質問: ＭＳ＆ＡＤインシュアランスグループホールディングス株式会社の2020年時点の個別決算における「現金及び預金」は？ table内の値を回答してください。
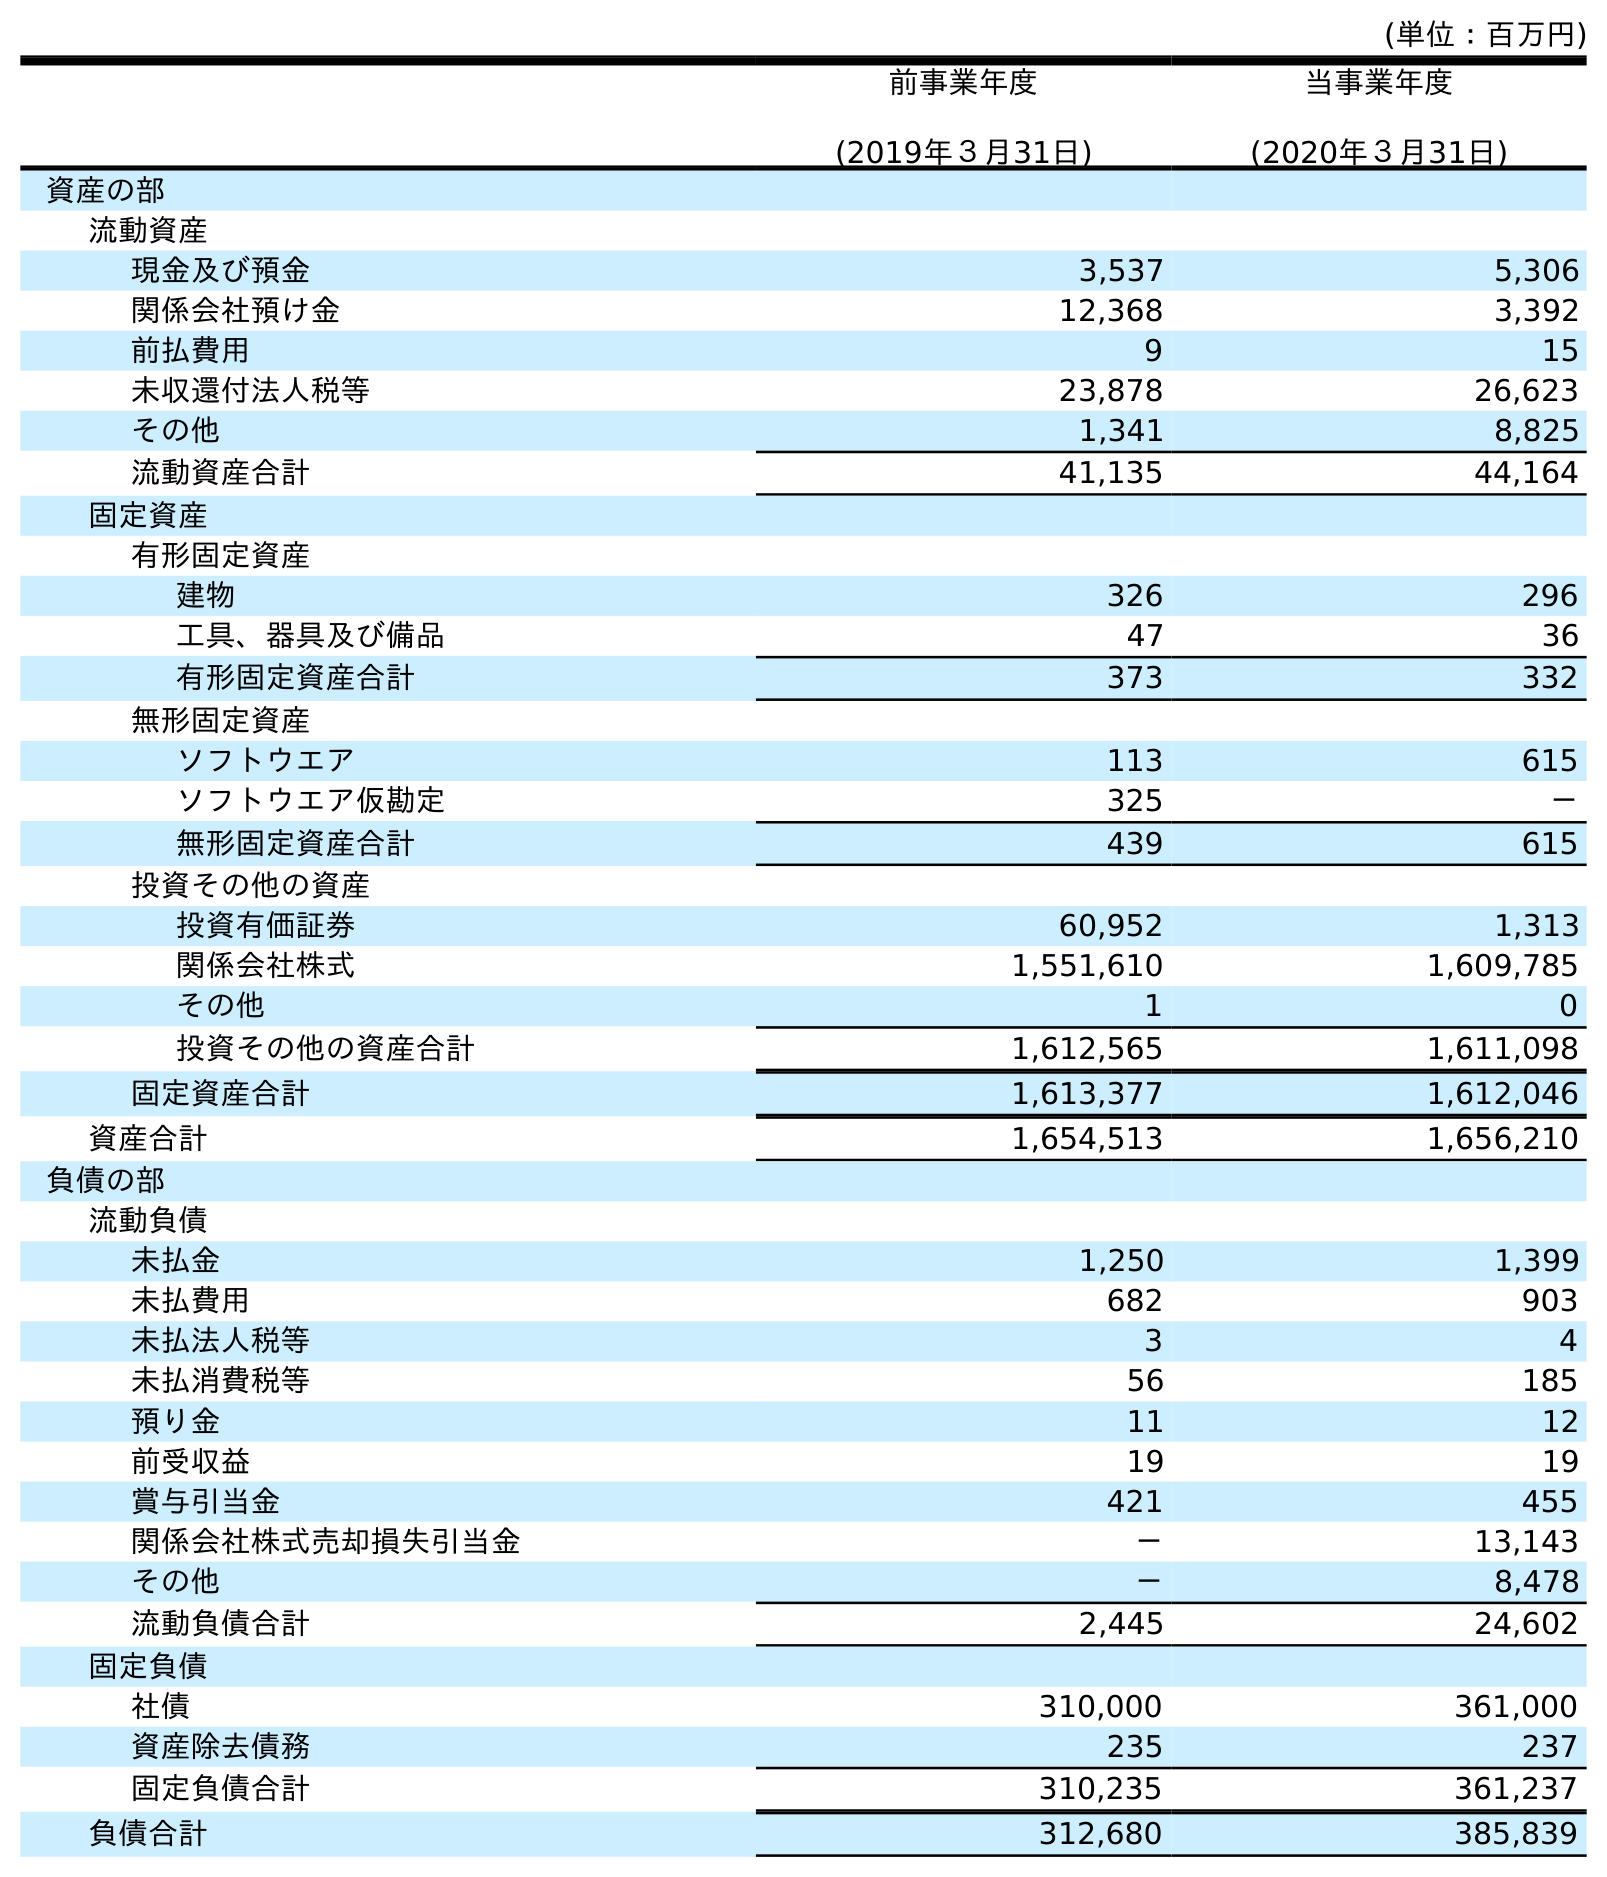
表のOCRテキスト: (単位：百万円) 前事業年度 (2019年３月31日) 当事業年度 (2020年３月31日) 資産の部 流動資産 現金及び預金 3,537 5,306 関係会社預け金 12,368 3,392 前払費用 9 15 未収還付法人税等 23,878 26,623 その他 1,341 8,825 流動資産合計 41,135 44,164 固定資産 有形固定資産 建物 326 296 工具、器具及び備品 47 36 有形固定資産合計 373 332 無形固定資産 ソフトウエア 113 615 ソフトウエア仮勘定 325 － 無形固定資産合計 439 615 投資その他の資産 投資有価証券 60,952 1,313 関係会社株式 1,551,610 1,609,785 その他 1 0 投資その他の資産合計 1,612,565 1,611,098 固定資産合計 1,613,377 1,612,046 資産合計 1,654,513 1,656,210 負債の部 流動負債 未払金 1,250 1,399 未払費用 682 903 未払法人税等 3 4 未払消費税等 56 185 預り金 11 12 前受収益 19 19 賞与引当金 421 455 関係会社株式売却損失引当金 － 13,143 その他 － 8,478 流動負債合計 2,445 24,602 固定負債 社債 310,000 361,000 資産除去債務 235 237 固定負債合計 310,235 361,237 負債合計 312,680 385,839
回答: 5,306